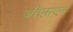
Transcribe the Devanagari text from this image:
जीएसएन